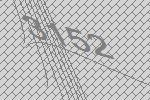
3152